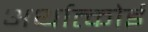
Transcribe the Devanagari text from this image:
अर्थात्कोई